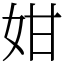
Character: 姏